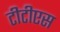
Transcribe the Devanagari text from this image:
टीटीएस